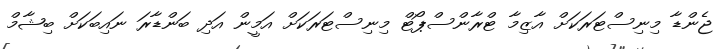
ޖެންޑާ މިނިސްޓަރަކަށް އާޒިމާ ޓްރާންސްޕޯޓް މިނިސްޓަރަކަށް އަމީން އަދި ބަންޑާރަ ނައިބަކަށް ބިޝާމް